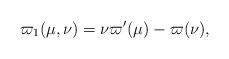
LaTeX: \begin{align*} \varpi_1(\mu, \nu) = \nu \varpi'(\mu)-\varpi(\nu), \end{align*}